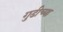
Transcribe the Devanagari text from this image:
गुडीच्या